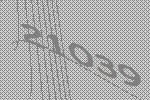
21039